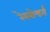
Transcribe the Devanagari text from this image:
रेस्पोन्डर्स